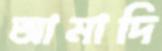
আমাদি